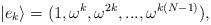
LaTeX: \begin{align*}| e_k\rangle =(1, \omega^k, \omega^{2k}, ...,\omega^{k(N-1)}),\end{align*}